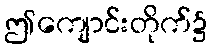
ဤကျောင်းတိုက်၌